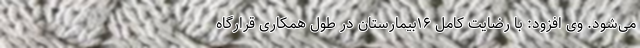
می‌شود. وی افزود: با رضایت کامل ۱۶بیمارستان در طول همکاری قرارگاه